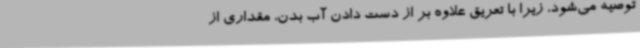
توصیه می‌شود، زیرا با تعریق علاوه بر از دست دادن آب بدن، مقداری از